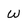
Character: W